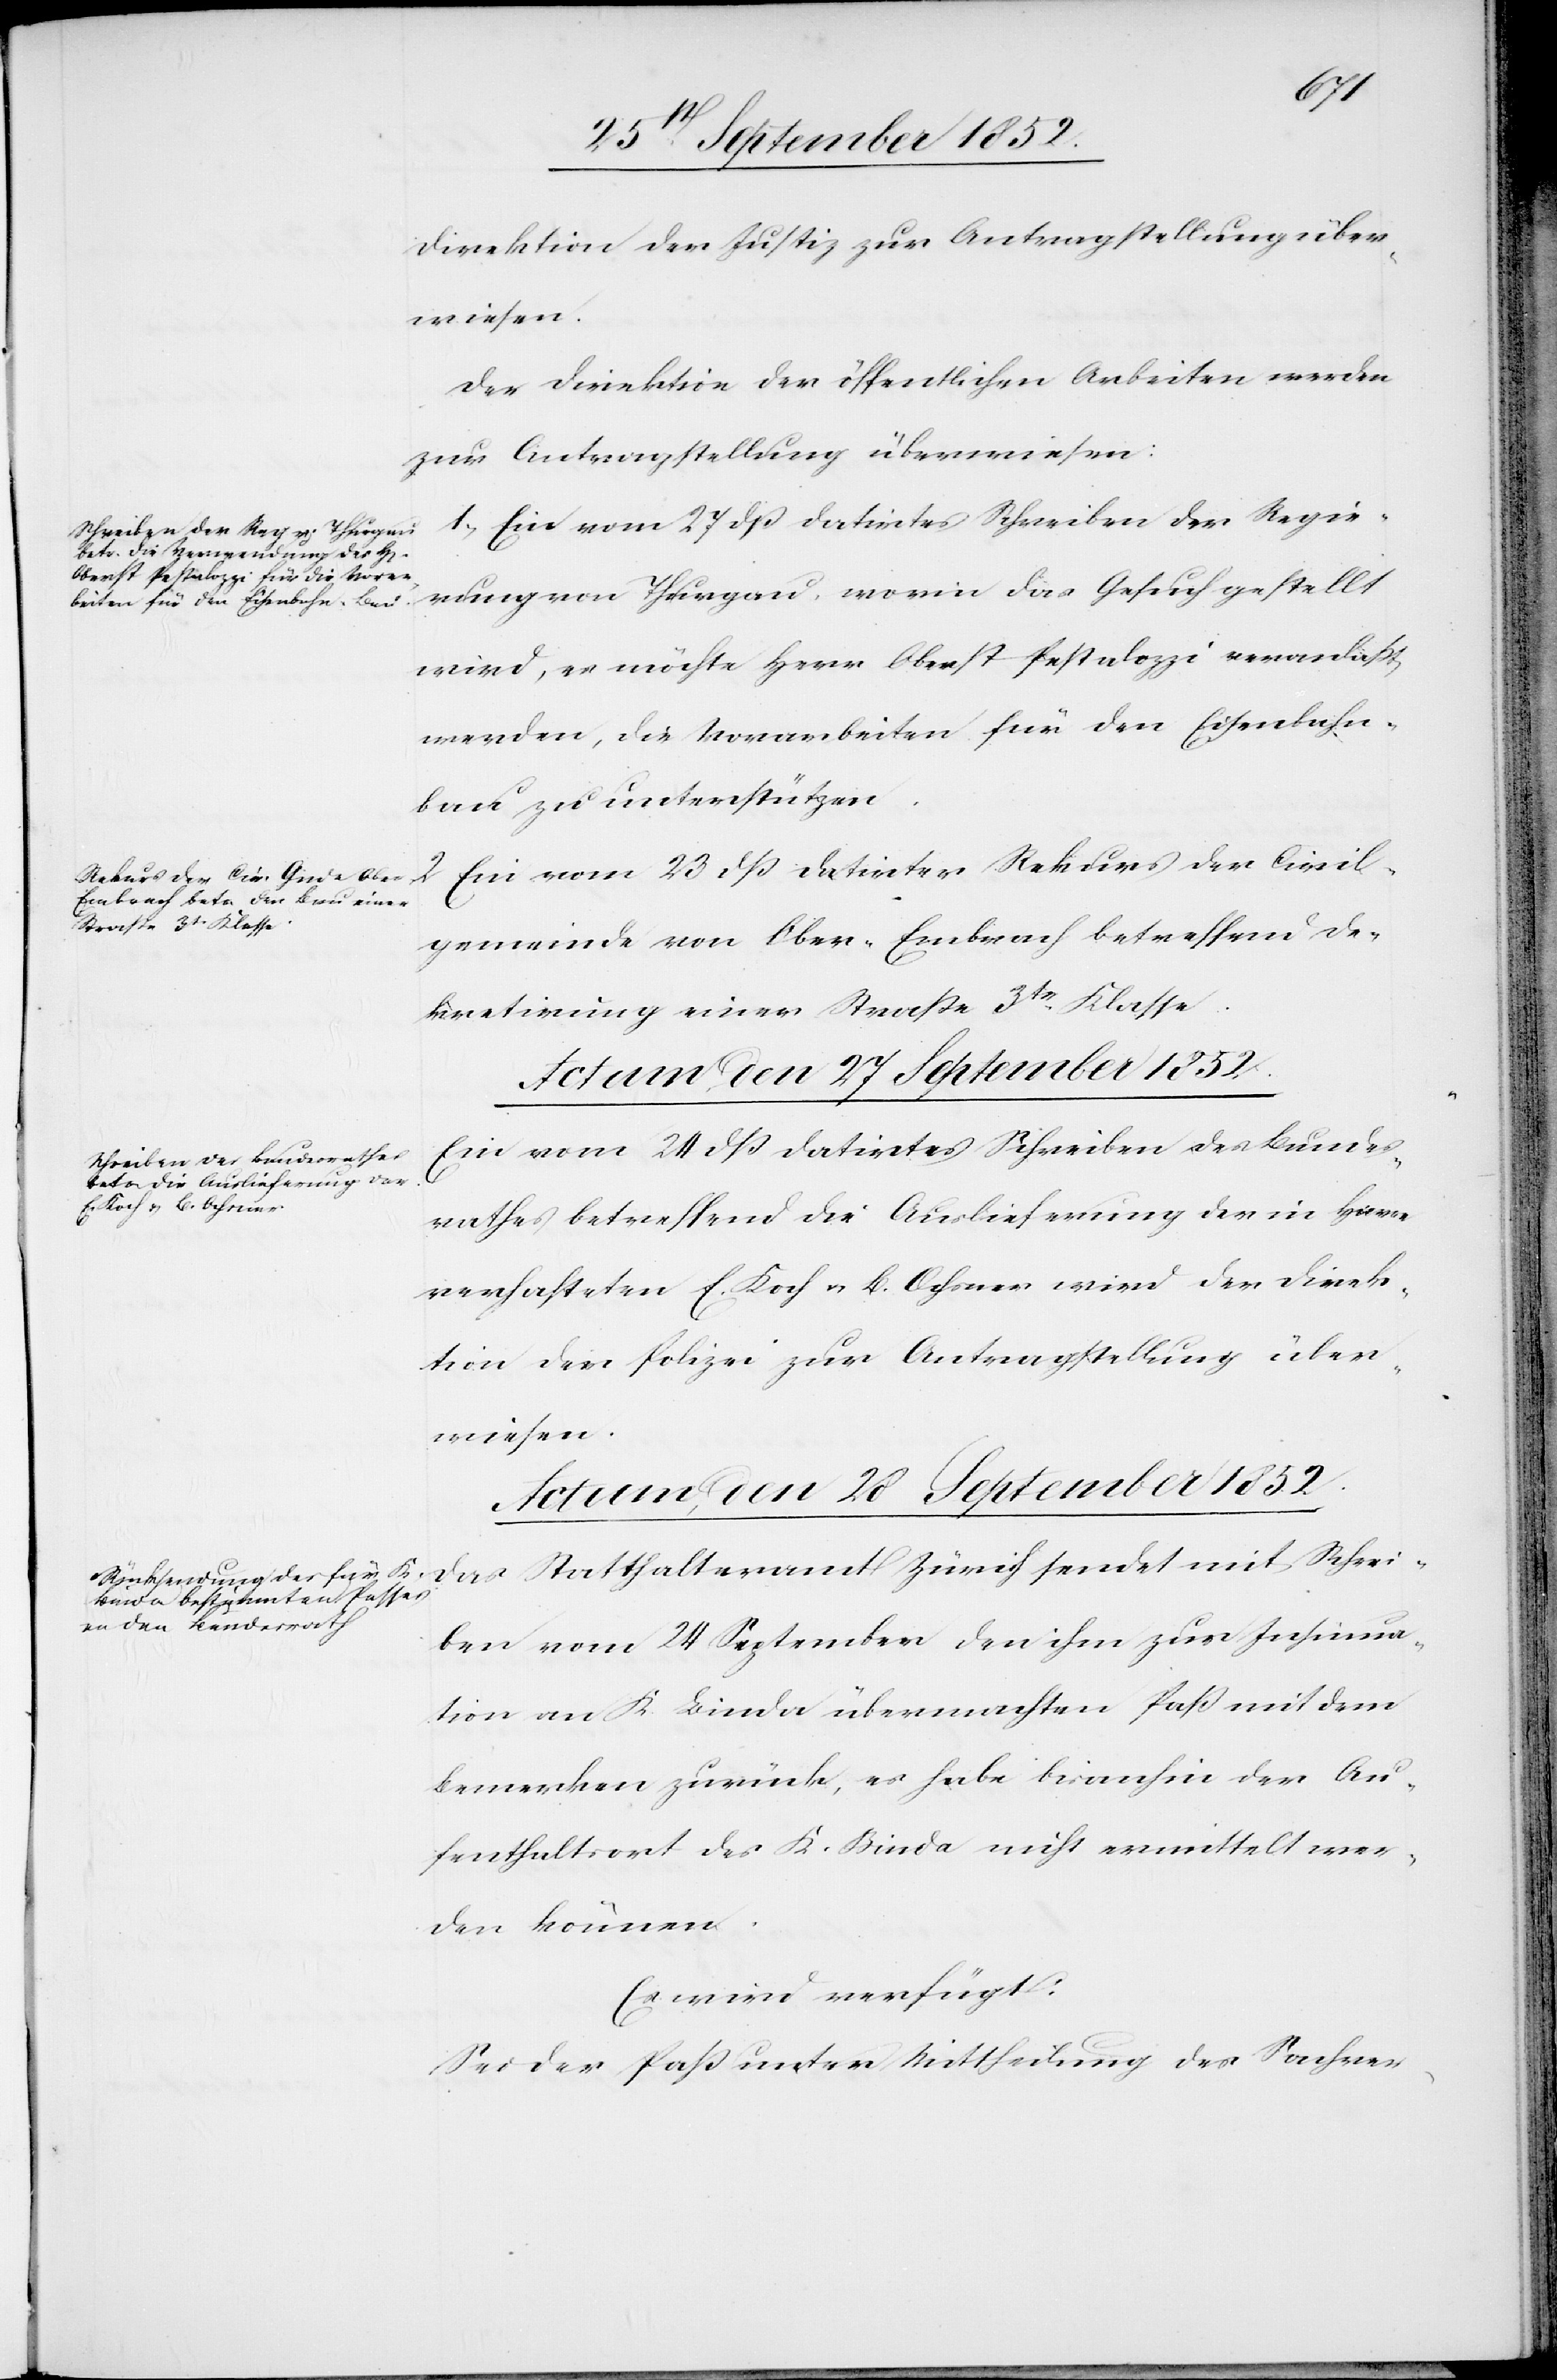
Direktion der Justiz zur Antragstellung über¬
wiesen.
Der Direktion der öffentlichen Arbeiten werden
zur Antragstellung überwiesen:
1, Ein vom 27 dß datirtes Schreiben der Regie¬
rung von Thurgau, worin das Gesuch gestellt
wird, es möchte Herr Oberst Pestalozzi veranlaßt
werden, die Vorarbeiten für den Eisenbahn¬
bau zu unterstützen.
2 Ein vom 23 dß datirter Rekurs der Civil¬
gemeinde von Ober-Embrach betreffend De¬
kretirung einer Straße 3tr. Klasse.
Actum, den 27 September 1852.
Ein vom 24 dß datirtes Schreiben des Bundes¬
rathes betreffend die Auslieferung der in Havre
verhafteten E. Koch & B. Ochsner wird der Direk¬
tion der Polizei zur Antragstellung über¬
wiesen.
Actum, den 28 September 1852.
Das Statthalteramt Zürich sendet mit Schrei¬
ben vom 24 September den ihm zur Insinua¬
tion an K. Binda übermachten Paß mit dem
Bemerken zurück, es habe bisanhin der Au¬
fenthaltsort des K. Binda nicht ermittelt wer¬
den können.
Es wird verfügt:
Sei der Paß unter Mittheilung des Sachver-